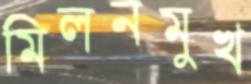
মিলনমুখ